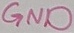
Text: GND